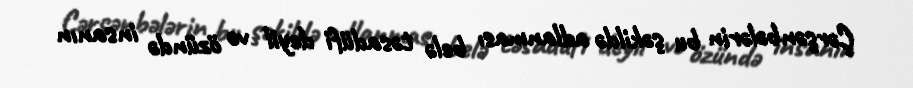
Çərşənbələrin bu şəkildə adlanması belə təsadüfi deyil və özündə insanın